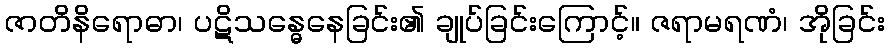
ဇာတိနိရောဓာ၊ ပဋိသန္ဓေနေခြင်း၏ ချုပ်ခြင်းကြောင့်။ ဇရာမရဏံ၊ အိုခြင်း